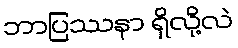
ဘာပြဿနာ ရှိလို့လဲ